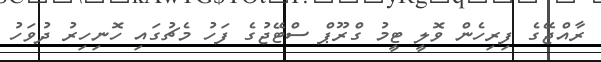
ރާއްޖޭގެ ފިރިހެން ވޮލީ ޓީމު ގްރޫޕް ސްޓޭޖުގެ ފަހު މެޗުގައި ހޮނިހިރު ދުވަހު